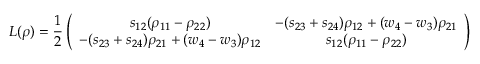
L ( \rho ) = \frac { 1 } { 2 } \left( \begin{array} { c c } { s _ { 1 2 } ( \rho _ { 1 1 } - \rho _ { 2 2 } ) } & { - ( s _ { 2 3 } + s _ { 2 4 } ) \rho _ { 1 2 } + ( w _ { 4 } - w _ { 3 } ) \rho _ { 2 1 } } \\ { - ( s _ { 2 3 } + s _ { 2 4 } ) \rho _ { 2 1 } + ( w _ { 4 } - w _ { 3 } ) \rho _ { 1 2 } } & { s _ { 1 2 } ( \rho _ { 1 1 } - \rho _ { 2 2 } ) } \end{array} \right)